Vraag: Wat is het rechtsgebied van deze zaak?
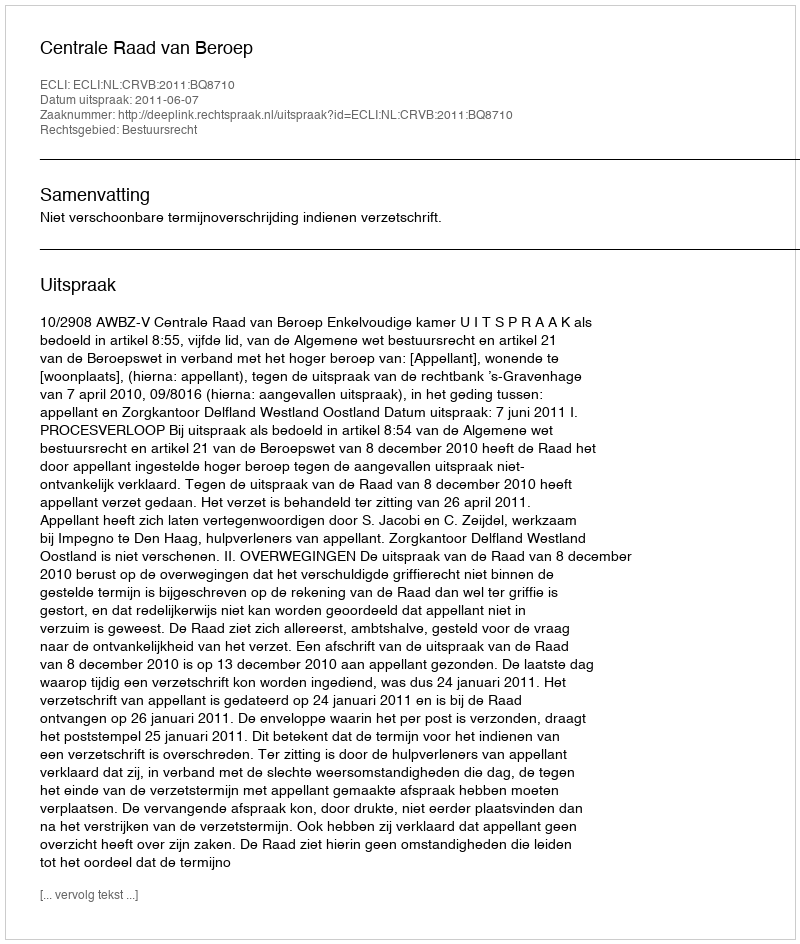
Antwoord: Bestuursrecht